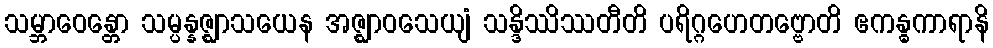
သမ္ဘာဝေန္တော သမ္ပန္နဇ္ဈာသယေန အဇ္ဈာဝသေယျံ သန္ဒိဿိဿတီတိ ပရိဂ္ဂဟေတဗ္ဗောတိ ဧကန္ဓကာရာနိ